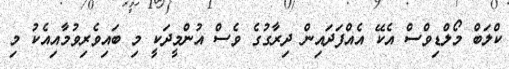
ކްލަބް މޯލްޑިވްސް އެކޭ އެއްފަދައިން ދިރާގުގެ ވެސް އުންމީދަކީ މި ބައިވެރިވުމާއިއެކު މި